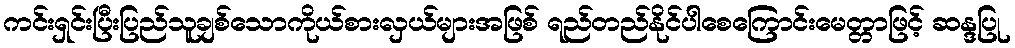
ကင်းရှင်းပြီးပြည်သူချစ်သောကိုယ်စားလှယ်များအဖြစ် ရည်တည်နိုင်ပါစေကြောင်းမေတ္တာဖြင့် ဆန္ဒပြု